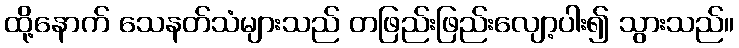
ထို့နောက် သေနတ်သံများသည် တဖြည်းဖြည်းလျော့ပါး၍ သွားသည်။